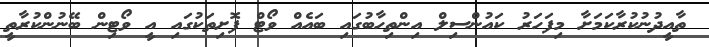
ތާއީދުނުކުރާކަމަށާ މިފަހަރު ކައުންސިލް އިންތިހާބުގައި ބައެއް ވޯޓް ފޮށިތަކުގައި އީ ވޯޓިން ބޭނުންކުރާތީ